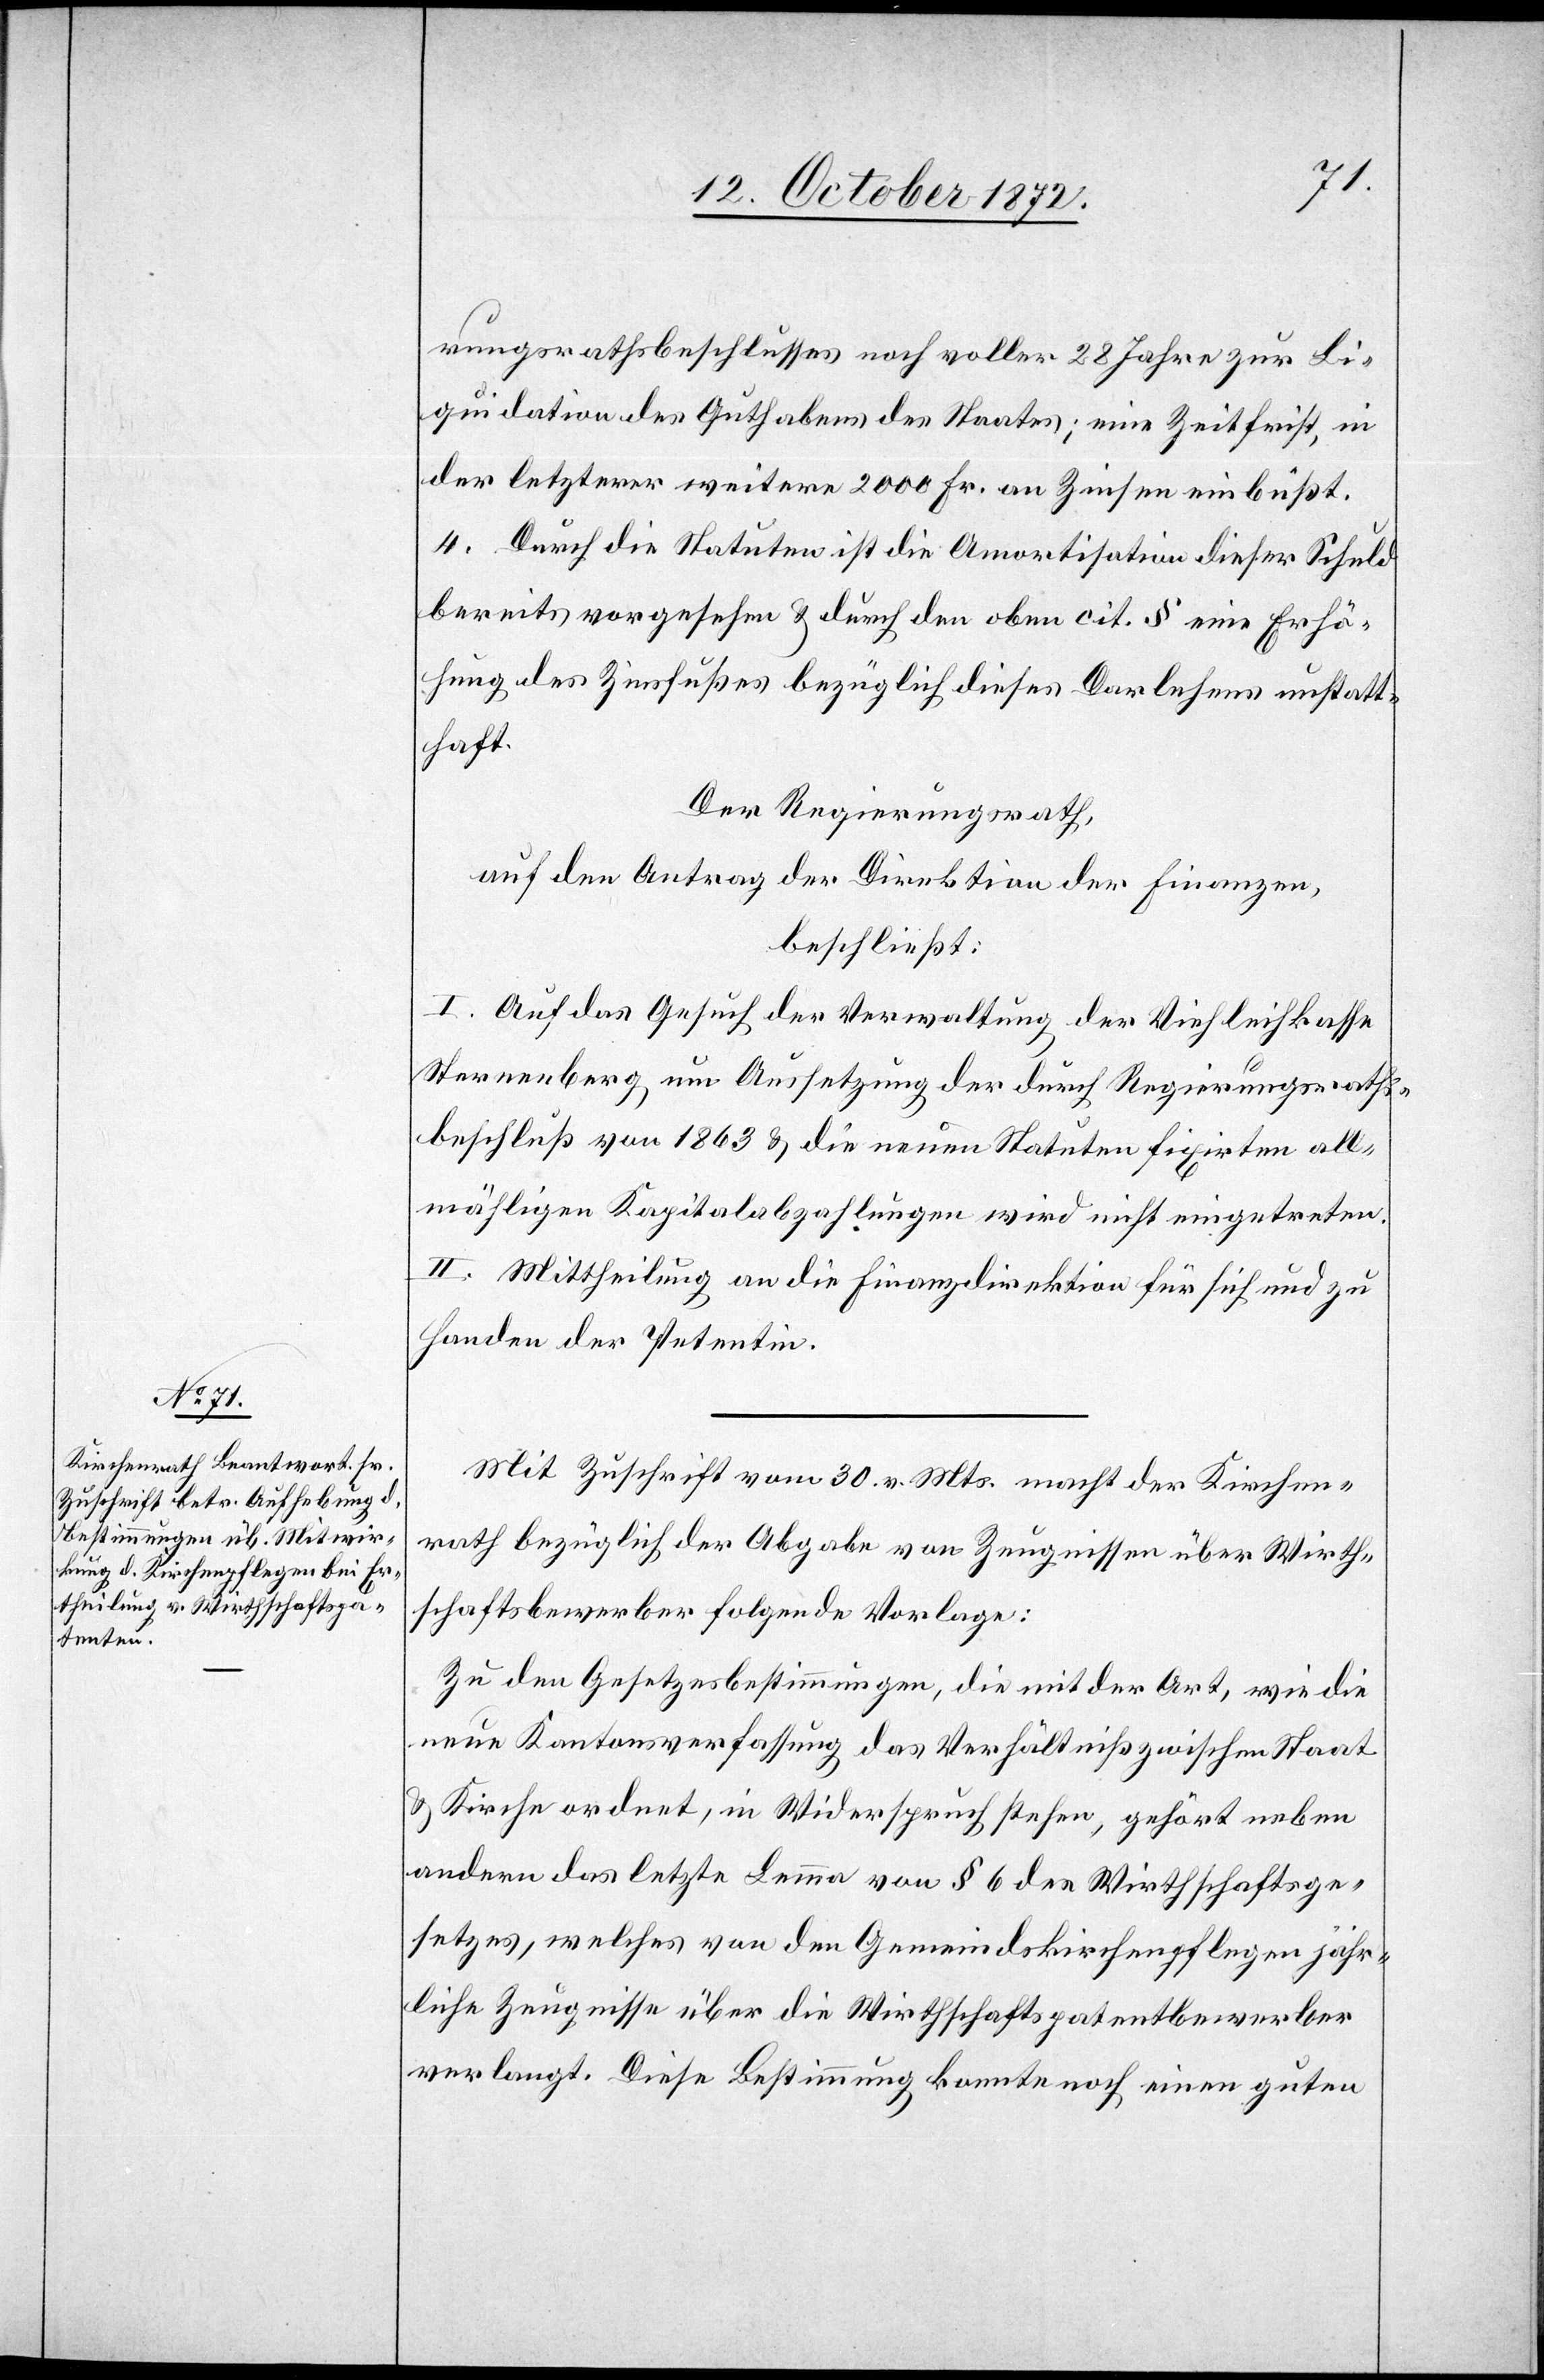
rungsrathsbeschlusses noch voller 28 Jahre zur Li¬
quidation des Guthabens des Staates; eine Zeitfrist, in
der letzterer weitere 2000 Fr. an Zinsen einbüßt.
4. Durch die Statuten ist die Amortisation dieser Schuld
bereits vorgesehen u. durch den oben cit. § eine Erhö¬
hung des Zinsfußes bezüglich dieses Darlehens unstatt¬
haft.
Der Regierungsrath,
auf den Antrag der Direktion der Finanzen,
beschließt:
I. Auf das Gesuch der Verwaltung der Viehleihkasse
Sternenberg um Aussetzung der durch Regierungsraths¬
beschluß von 1863 u. die neuen Statuten fixirten all¬
mähligen Kapitalszahlungen wird nicht eingetreten.
II. Mittheilung an die Finanzdirektion für sich und zu
Handen der Petentin.
Mit Zuschrift vom 30. v. Mts. macht der Kirchen¬
rath bezüglich der Abgabe von Zeugnissen über Wirth¬
schaftsbewerber folgende Vorlage:
Zu den Gesetzesbestimmungen, die mit der Art, wie die
neue Kantonsverfassung das Verhältniß zwischen Staat
u. Kirche ordnet, in Widerspruch stehen, gehört neben
andern das letzte Lemma von § 6 des Wirthschaftsge¬
setzes, welches von den Gemeindskirchenpflegen jähr¬
liche Zeugnisse über die Wirthschaftspatentbewerber
verlangt. Diese Bestimmung konnte noch einen guten